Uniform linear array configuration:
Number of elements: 64
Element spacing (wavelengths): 0.5
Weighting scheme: exponential
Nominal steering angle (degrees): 60
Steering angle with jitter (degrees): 61.767
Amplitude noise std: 0.05
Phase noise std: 0.05

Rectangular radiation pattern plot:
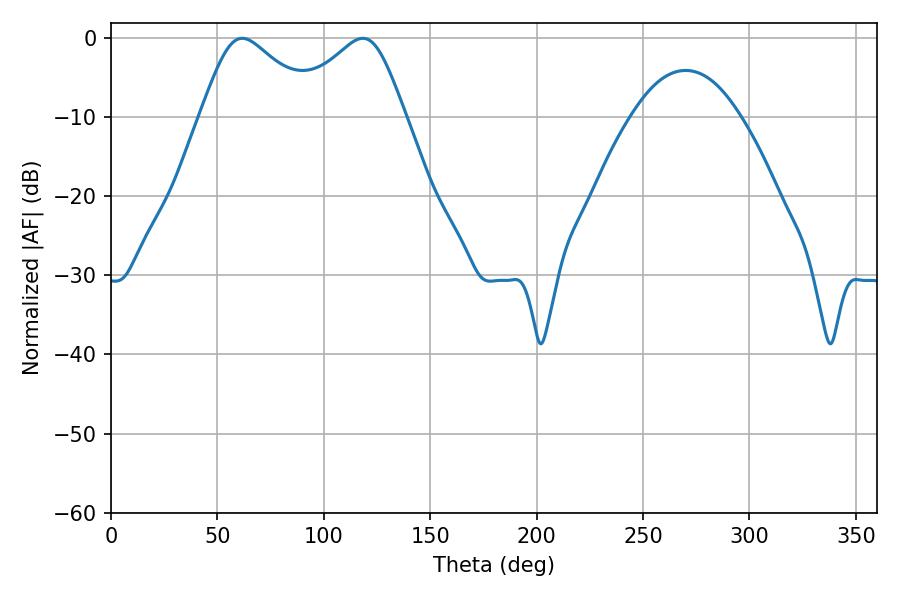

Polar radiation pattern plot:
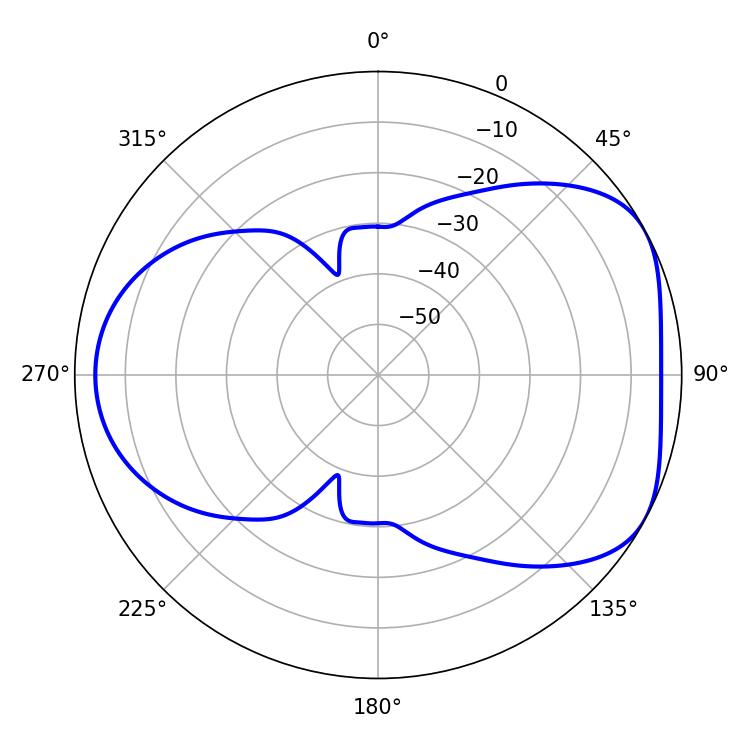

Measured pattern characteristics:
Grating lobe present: FALSE
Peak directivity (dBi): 4.873
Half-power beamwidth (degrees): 27.18
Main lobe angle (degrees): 61.74